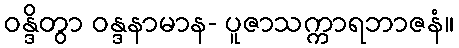
ဝန္ဒိတွာ ဝန္ဒနာမာန- ပူဇာသက္ကာရဘာဇနံ။